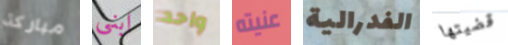
مباركة ابنى واحد عنيته الفدرالية قضيتها